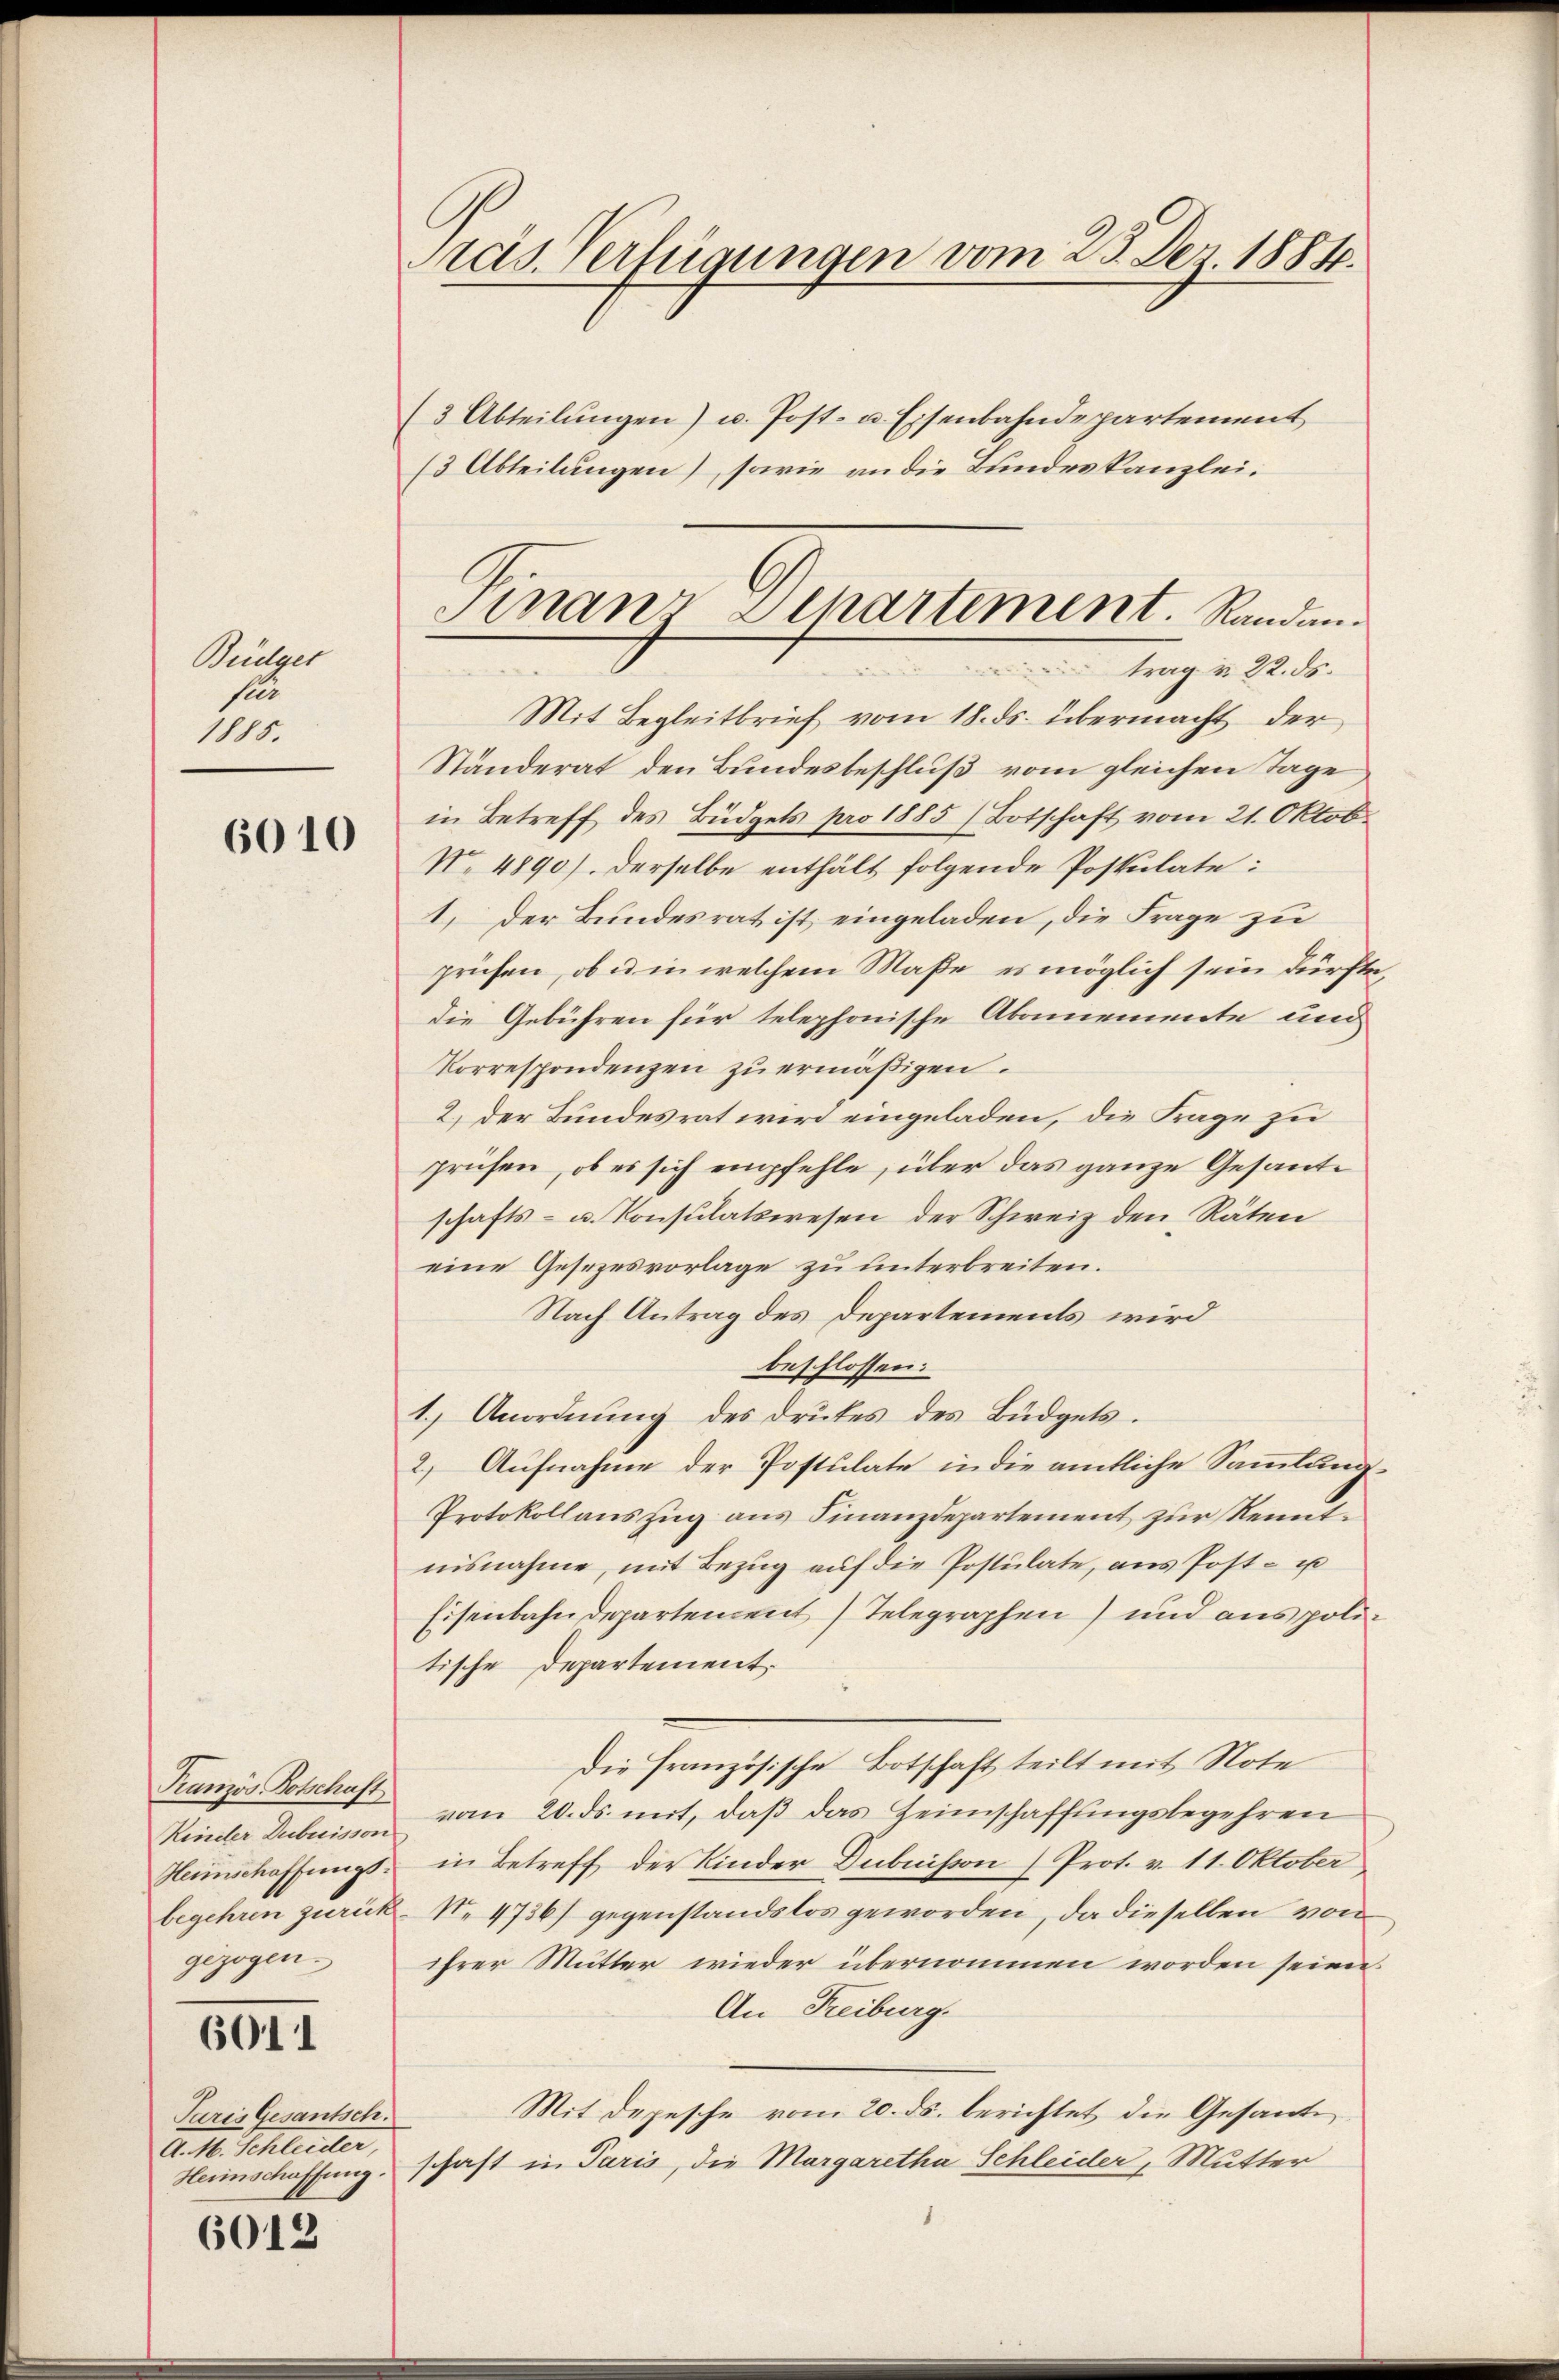
Büdget
se
1885.

6010

Kranzös. Botschaft
Rinder Dubuisson
Heunschaffungsgezogen.

6011

Paris Gesantsch.
A. 16. Schleider,
Herinschaffung.

6012

Pras. Verfügungen vom 25. Dez. 1884.

(3 Abteilungen) u. Post- u. Eisenbahndepartement
/3 Abteilungen), sowie an die Bundeskanzlei.
Mit Begleitbrief vom 18. ds. übermacht der
Ständerat den Bundesbeschluß vom gleichen Tage
in Betreff des Büdgets pro 1885) Botschaft vom 21. Oktob.
No. 4890). Derselbe enthält folgende Postulate:
1. Der Bundesrat ist eingeladen, die Frage zu
prüfen, ob es in welchem Maße es möglich sein dürfte,
die Gebühren für telephonische Abonnemente und
Korrespondenzen zu ermäßigen.
2) der Bundesrat wird eingeladen, die Frage zu
prüfen, ob es sich empfehle, über das ganze Gesandtschafts- u. Konsulatswesen der Schweiz den Räten
eine Gesezesvorlage zu unterbreiten.
Nach Antrag des Departements wird
beschlossen:
1.) Anordnung des Drutes des Büdgets.
2) Aufnahme der Postulate in die amtliche Sammlung¬
Protokollauszug aus Finanzdepartement zur Renntnisnahme, mit Bezug auf die Postulate, ans Post- u
Eisenbahndepartement Telegraphen) und aus politische Departement.
Die Französische Botschaft teilt mit Note
vom 20. ds. mit, daß das Heimschaffungsbegehren
in Betreff der Kinder Dubuisson (Prot. v. 11. Oktober
begehren zurück. N. 4736) gegenstandslos geworden, da dieselben von
ihrer Mutter wieder übernommen worden seien.
An Freiburg.
Mit Depesche vom 20. ds. berichtet die Gesante
schaft in Paris, die Margaretha Schleider, Mutter

Finanz Departement. Randan
trag v. 22. ds.